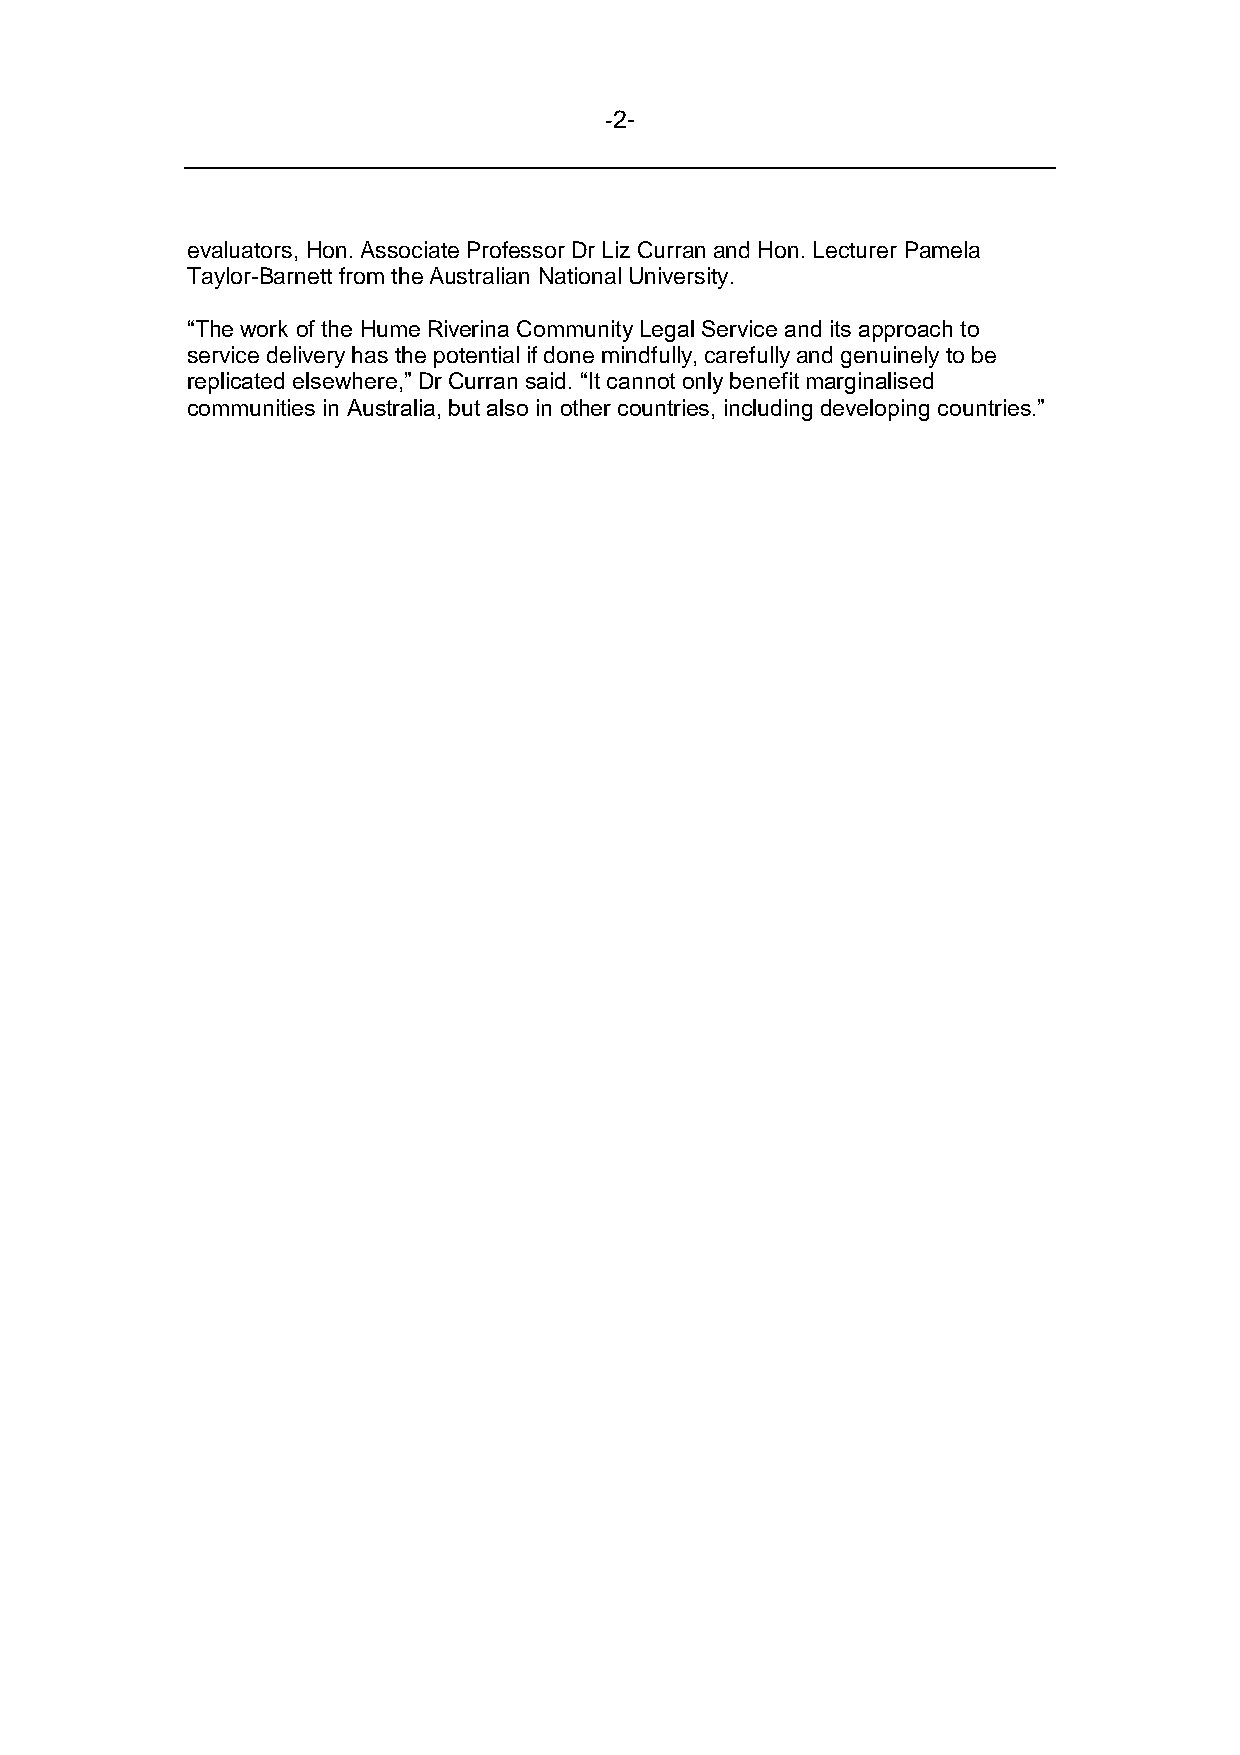
-2-
 evaluators, Hon. Associate Professor Dr Liz Curran and Hon. Lecturer Pamela
 Taylor-Barnett from the Australian National University.
 “The work of the Hume Riverina Community Legal Service and its approach to
 service delivery has the potential if done mindfully, carefully and genuinely to be
 replicated elsewhere,” Dr Curran said. “It cannot only benefit marginalised
 communities in Australia, but also in other countries, including developing countries.”